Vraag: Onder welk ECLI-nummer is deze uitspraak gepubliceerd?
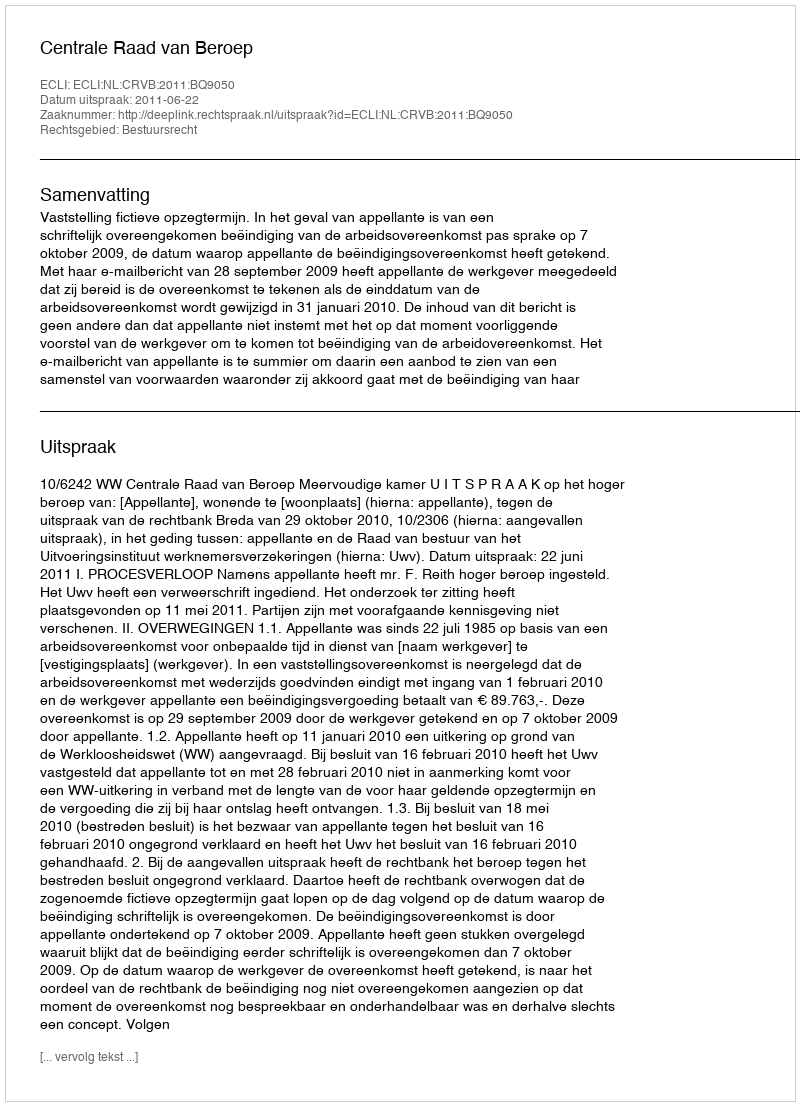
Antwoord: ECLI:NL:CRVB:2011:BQ9050